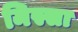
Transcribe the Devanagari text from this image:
मिस्सा